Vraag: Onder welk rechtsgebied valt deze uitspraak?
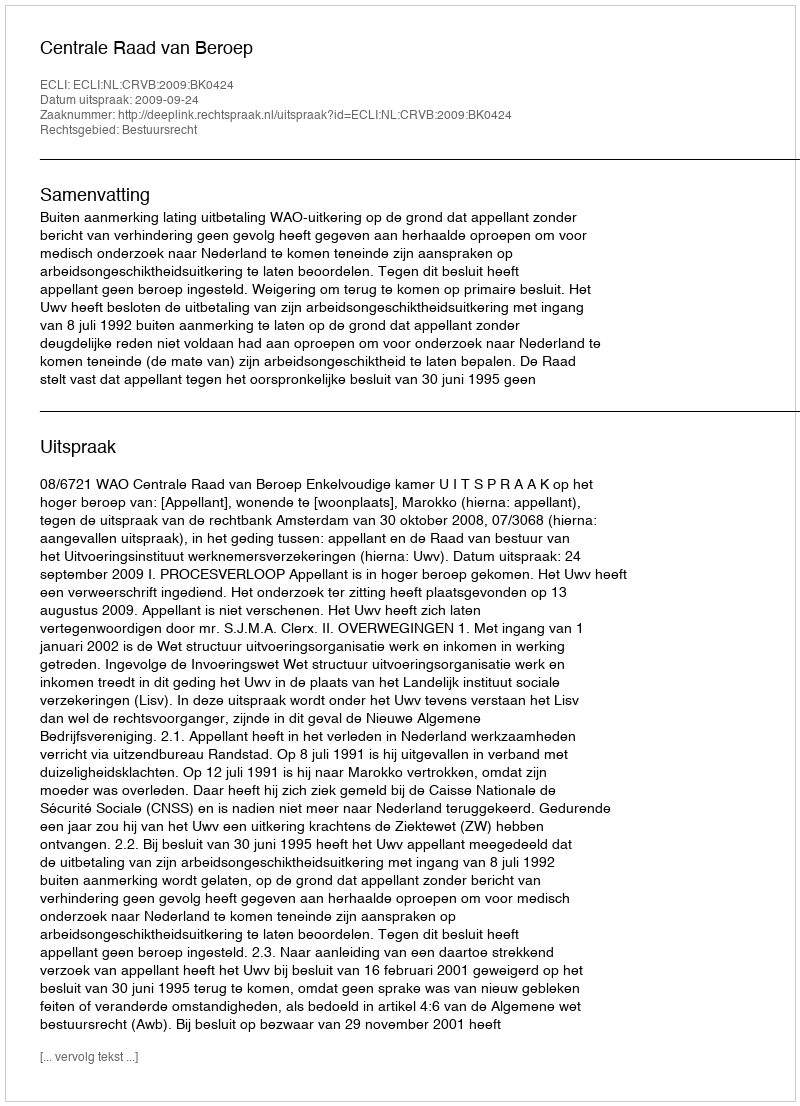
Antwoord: Bestuursrecht